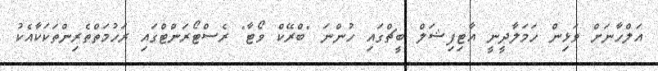
އަލްހާނަށް ވަޅިން ހަމަލާދީނީ އާޓިފިޝަލް ބީޗްގައި ހުންނަ "ބްރޭކް ވޯޓާ" ރެސްޓޯރަންޓްގައި ރަހުމަތްތެރިންތަކަކާއެކު